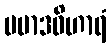
ပမာဒဝိဟာရံ